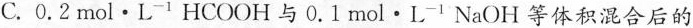
C.0.2mol·L^{-1}HCOOH与0.1mol·L^{-1}NaOH等体积混合后的